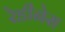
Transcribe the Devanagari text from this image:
रेडीनेस